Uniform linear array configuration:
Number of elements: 64
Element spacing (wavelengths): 0.75
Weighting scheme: hann
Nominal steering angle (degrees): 60
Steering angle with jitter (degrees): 60.351
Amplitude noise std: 0.05
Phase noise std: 0.05

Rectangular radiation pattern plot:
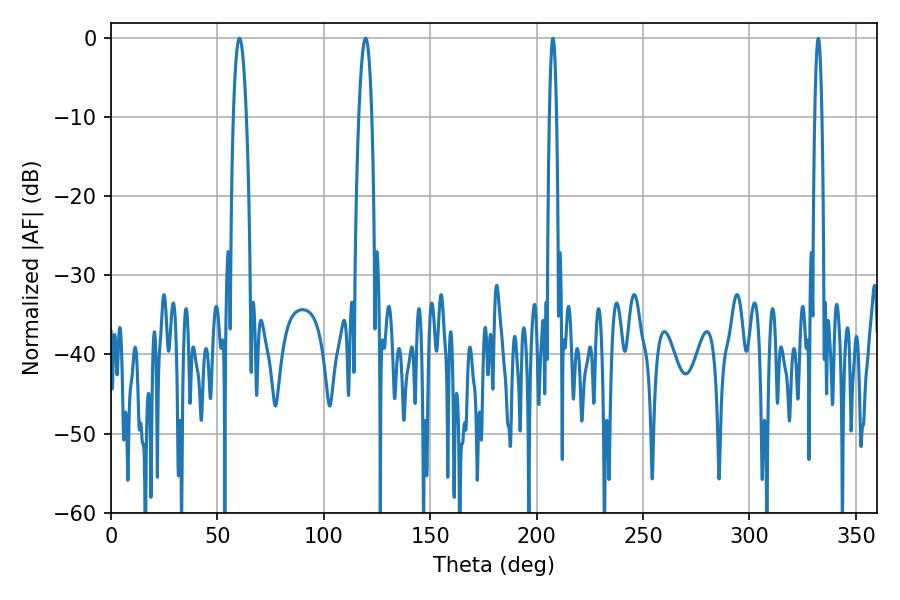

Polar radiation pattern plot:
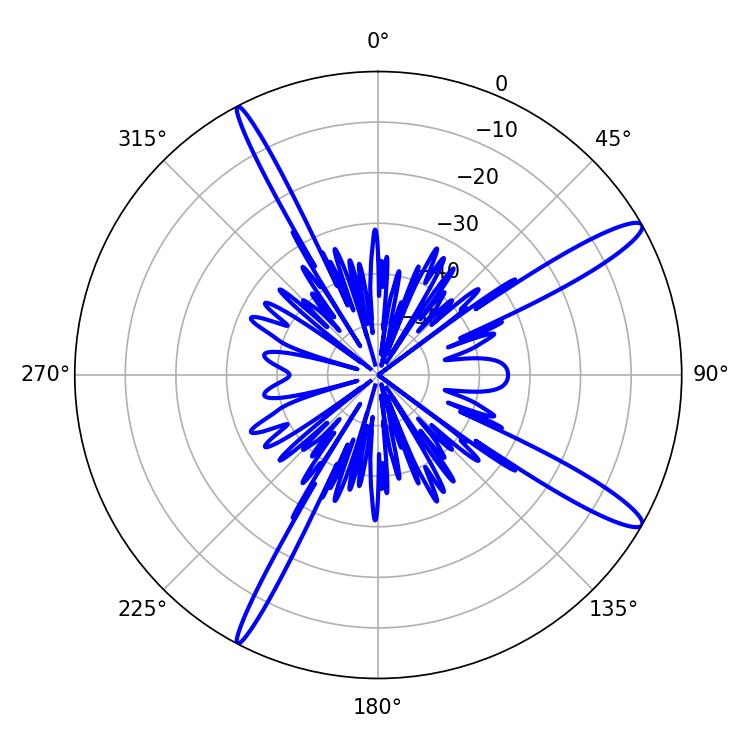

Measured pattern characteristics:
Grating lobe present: TRUE
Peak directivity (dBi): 14.065
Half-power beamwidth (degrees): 3.42
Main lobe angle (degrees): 60.3